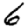
Digit: 6